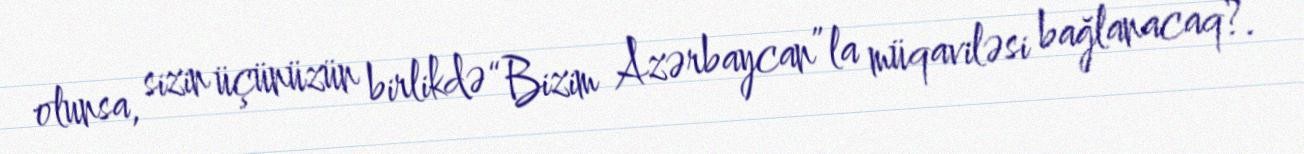
olunsa, sizin üçünüzün birlikdə “Bizim Azərbaycan”la müqaviləsi bağlanacaq?.